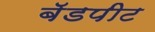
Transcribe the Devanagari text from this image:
बॅडपीट